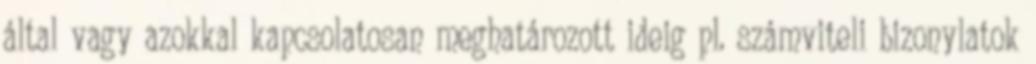
által vagy azokkal kapcsolatosan meghatározott ideig pl. számviteli bizonylatok